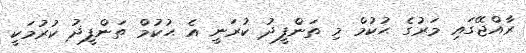
ރާއްޖޭގައި މަރުގެ ޙުކުމް މި ތަންފީޛު ކުރަނީ އެ ޙުކުމް ތަންފީޛު ކުރުމަކީ